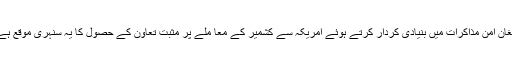
افغان امن مذاکرات میں بنیادی کردار کرتے ہوئے امریکہ سے کشمیر کے معا ملے پر مثبت تعاون کے حصول کا یہ سنہری موقع ہے۔